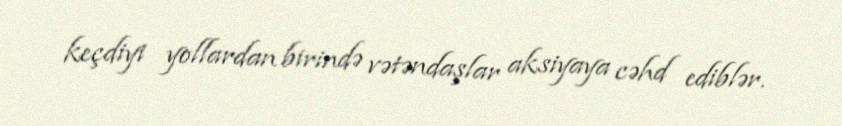
keçdiyi yollardan birində vətəndaşlar aksiyaya cəhd ediblər.